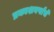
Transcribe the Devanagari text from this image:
प्रकाशवर्षांचे